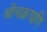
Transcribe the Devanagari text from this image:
श्रीचक्रपाणि